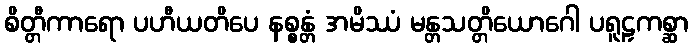
စိတ္တီကာရော ပဟီယတိပေ နစ္စန္တံ အမိဿံ မန္တသတ္တိယောဂေါ ပရူဠှကစ္ဆာ